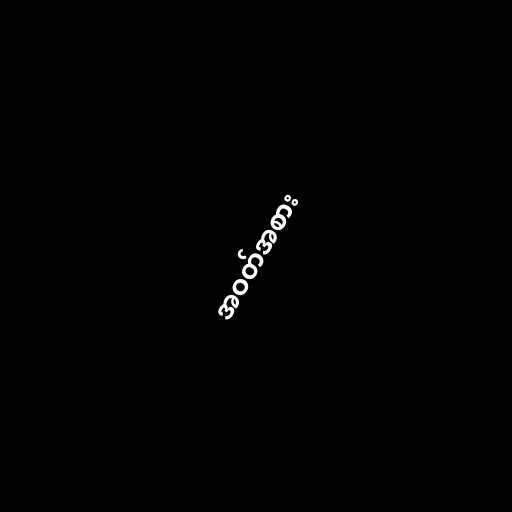
အဝတ်အစား